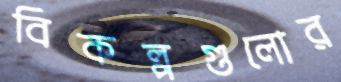
বিকল্পগুলোর